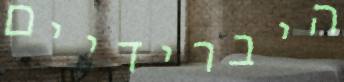
היברידיים